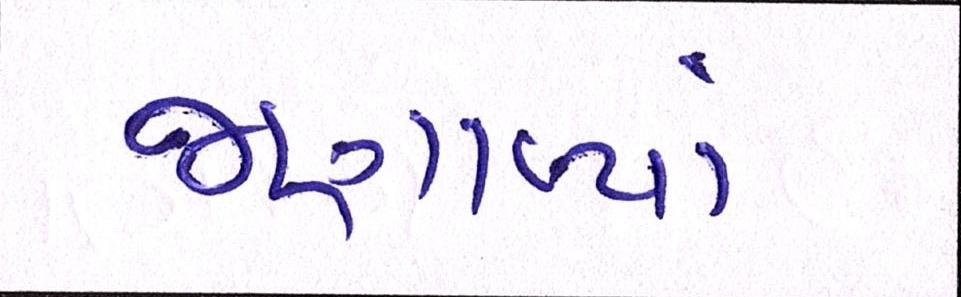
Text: જણાવ્યાં